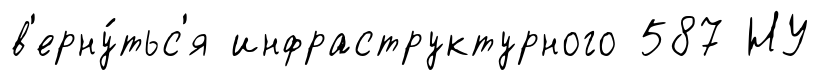
в'ерну́тьс'я инфраструктурного 587 НУ